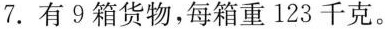
7.有9箱货物，每箱重123千克。